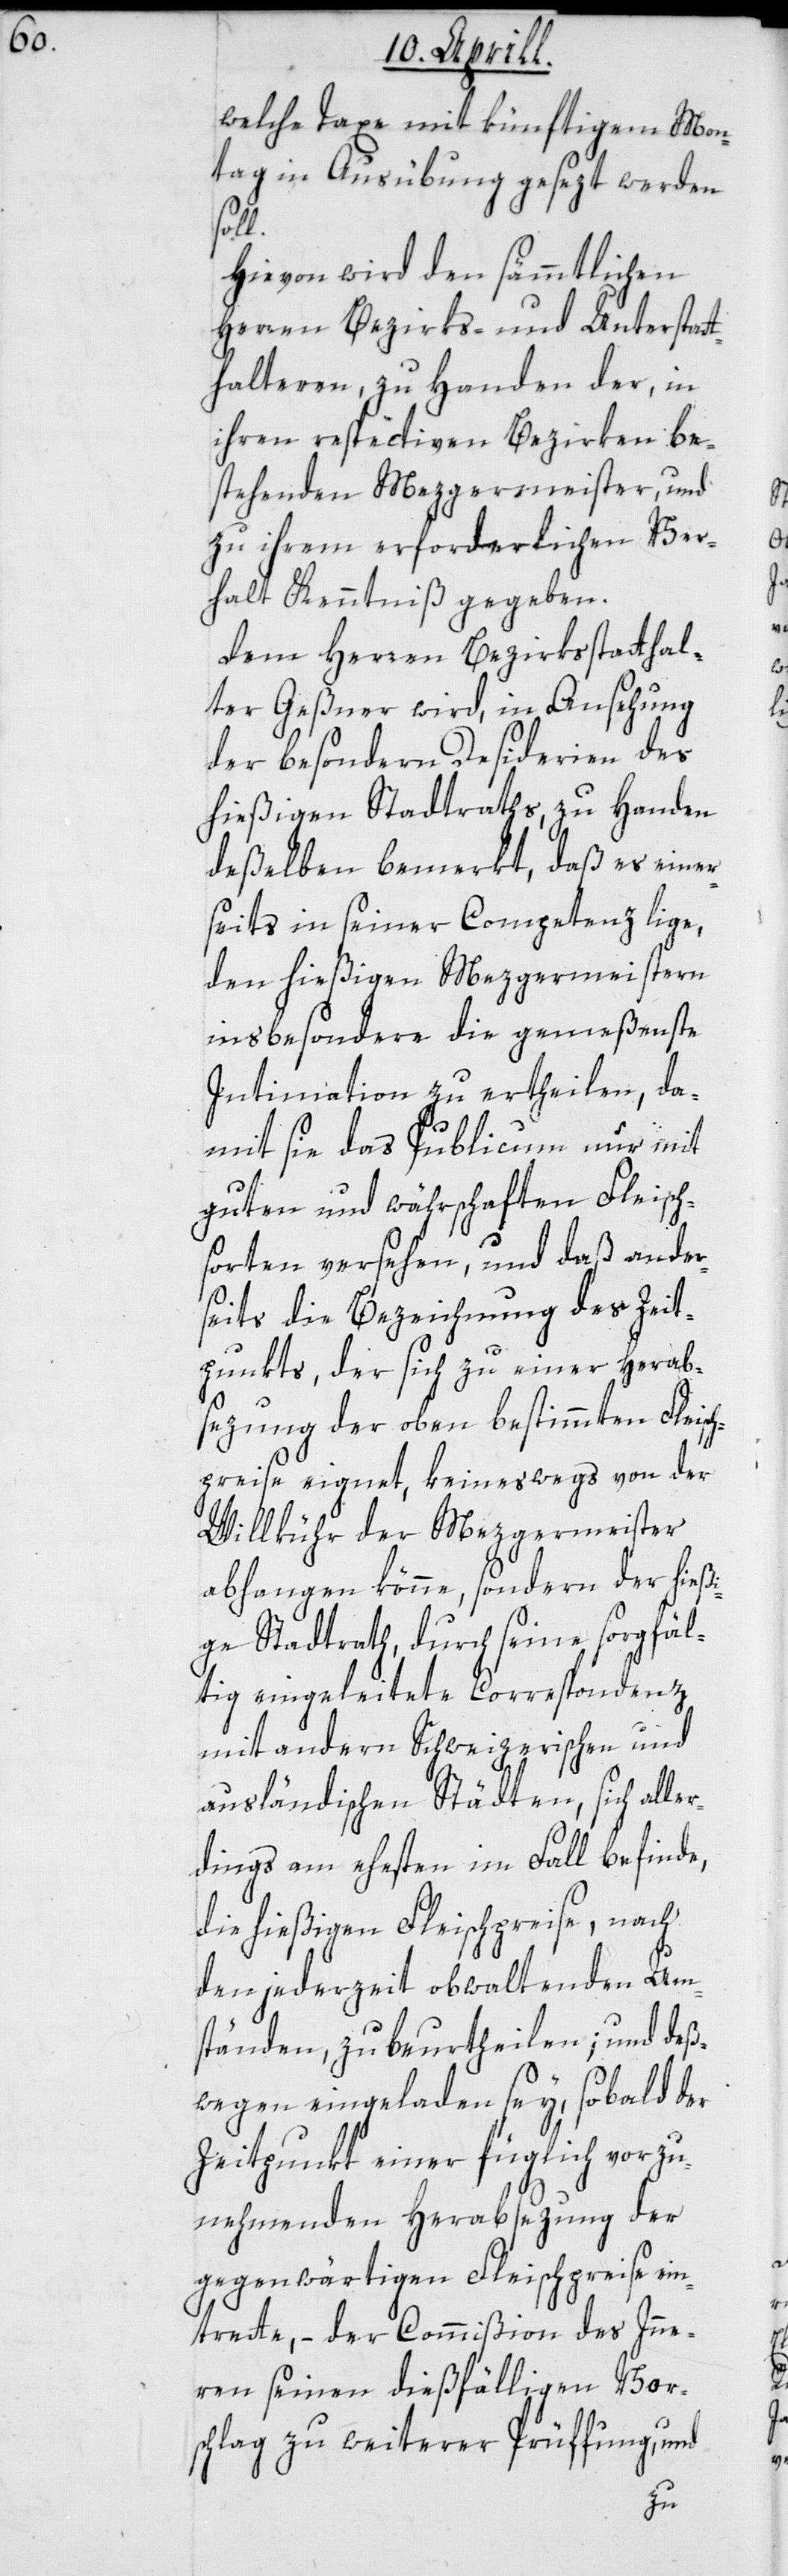
welche Taxe mit künftigem Mon¬
tag in Ausübung gesezt werden
soll.
Hievon wird den sämmtlichen
Herren Bezirks- und Unterstat¬
thalteren, zu Handen der in
ihren respectiven Bezirken be¬
stehenden Mezgermeister, und
zu ihrem erforderlichen Ver¬
halt Kenntniß gegeben.
Dem Herren Bezirksstatthal¬
ter Geßner wird, in Ansehung
der besondern Desiderien des
hießigen Stadtraths, zu Handen
deßelben bemerkt, daß es einer¬
seits in seiner Competenz liege,
den hießigen Mezgermeistern
ins’besondere die gemeßenste
Intimation zu ertheilen, da¬
mit sie das Publicum nur mit
guten und währschaften Fleisch¬
sorten versehen, und daß ander¬
seits die Bezeichnung des Zeit¬
punkts, der sich zu einer Herab¬
sezung der oben bestimmten Fleisc¬
hpreise eignet, keineswegs von der
Willkühr der Mezgermeister
abhangen könne, sondern der hießi¬
ge Stadtrath, durch seine sorgfäl¬
tig eingeleitete Correspondenz
mit andern Schweizerischen und
ausländischen Städten, sich alle¬
rdings am ehesten im Fall befinde,
die hießigen Fleischpreise nach
den jederzeit obwaltenden Um¬
ständen, zu beurtheilen; und deß¬
wegen eingeladen sey, sobald der
Zeitpunkt einer füglich vorzu¬
nehmenden Herabsezung der
gegenwärtigen Fleischpreise ein¬
trete, – der Commißion des Inne¬
rn seinen dießfälligen Vor¬
schlag zu weiterer Prüffung, und